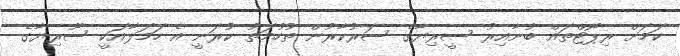
ކަމަށް ރިޕޯޓްތައް ބުނާއިރު ސީރިޔާގެ ސަރުކާރުން ތުހުމަތު ކުރަނީ އެ ހަމަލާއަކީ ސޫރިޔާގެ